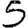
Digit: 5